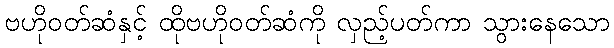
ဗဟိုဝတ်ဆံနှင့် ထိုဗဟိုဝတ်ဆံကို လှည့်ပတ်ကာ သွားနေသော